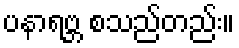
ပနာရဗ္ဘ စသည်တည်း။